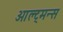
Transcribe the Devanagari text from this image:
ओल्ट्मन्स